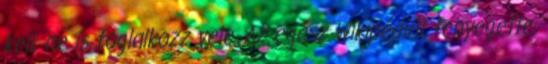
kell, ne is foglalkozz vele. Az egész Wikipédiát fenyegette,